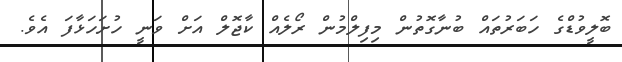
ބޮލީވުޑްގެ ހަބަރުތައް ބުނާގޮތުން މިފިލްމުން ރޯލެއް ކާޖޮލް އަށް ވަނީ ހުށަހަޅާފަ އެވެ.